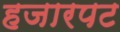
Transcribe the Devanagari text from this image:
हजारपट